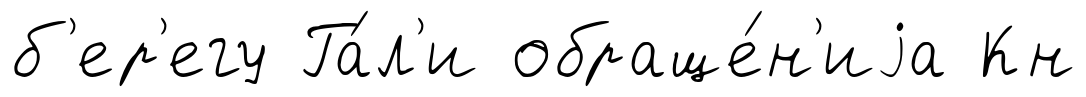
б'ер'егу Га́л'и обраще́н'иjа Кн